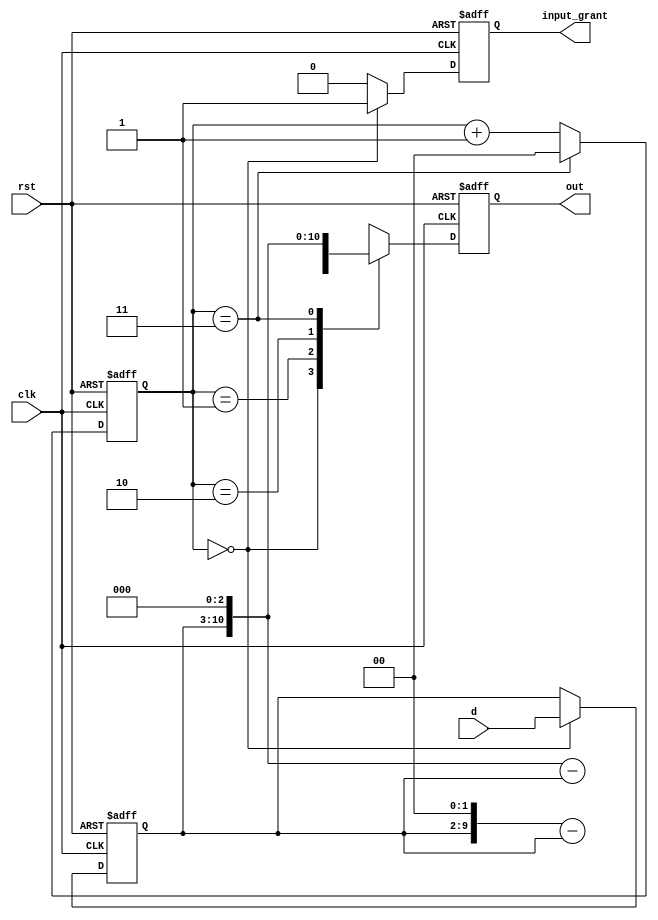
`timescale 1ns / 1ps
//////////////////////////////////////////////////////////////////////////////////
// Company: 
// Engineer: 
// 
// Design Name: 
// Module Name: multi_sel
// Project Name: 
// Target Devices: 
// Tool Versions: 
// Description: 
// 
// Dependencies: 
// 
// Revision:
// Revision 0.01 - File Created
// Additional Comments:
// 
//////////////////////////////////////////////////////////////////////////////////


module multi_sel(
    input       [7:0]   d,
    input               clk,
    input               rst,
    output  reg         input_grant,
    output  reg [10:0]  out
    );

reg     [7:0]   dBuffer;
reg     [1:0]   resultCounter;
reg     [10:0]  outBuffer;

always @(posedge clk or negedge rst)
    if(!rst)
        resultCounter <= 2'd0;
    else if(resultCounter == 2'd3)
        resultCounter <= 2'd0;
    else
        resultCounter <= resultCounter + 2'd1;

always @(posedge clk or negedge rst)
    if(!rst) 
        begin
            dBuffer <= 8'd0;
            input_grant <= 1'b0;
        end
    else if(resultCounter == 2'd0)
        begin
            input_grant <= 1'b1;
            dBuffer <= d;
        end
    else
        begin
            input_grant <= 1'b0;
            dBuffer <= dBuffer;
        end

always @(posedge clk or negedge rst)
    if(!rst)
        begin
            outBuffer <= 11'd0;
            // out <= 11'd0;
        end
    else
        begin
            case(resultCounter)
                2'd0: begin
                    // d * 1
                    outBuffer <= d;
                    // out <= d;
                end
                2'd1: begin
                    // d + d * 2 = d * 3
                    outBuffer <= (dBuffer << 2) - dBuffer;
                    // out <= (dBuffer << 2) - dBuffer;
                end
                2'd2: begin
                    // d + d * 2 + d * 4 = d * 7
                    outBuffer <= (dBuffer << 3) - dBuffer;
                    // out <= (dBuffer << 3) - dBuffer;
                end
                2'd3: begin
                    // d * 8
                    outBuffer <= dBuffer << 3;
                    // out <= dBuffer << 3;
                end
                default: begin
                    outBuffer <= 11'd0;
                    // out <= 11'd0;
                end
            endcase
        end
        
always @(*)
    out <= outBuffer;

endmodule